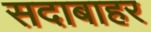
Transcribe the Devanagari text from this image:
सदाबाहर